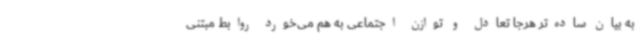
به بیان ساده‌تر هرجا تعادل و توازن اجتماعی به هم می‌خورد روابط مبتنی